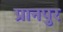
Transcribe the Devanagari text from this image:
प्रानपुर